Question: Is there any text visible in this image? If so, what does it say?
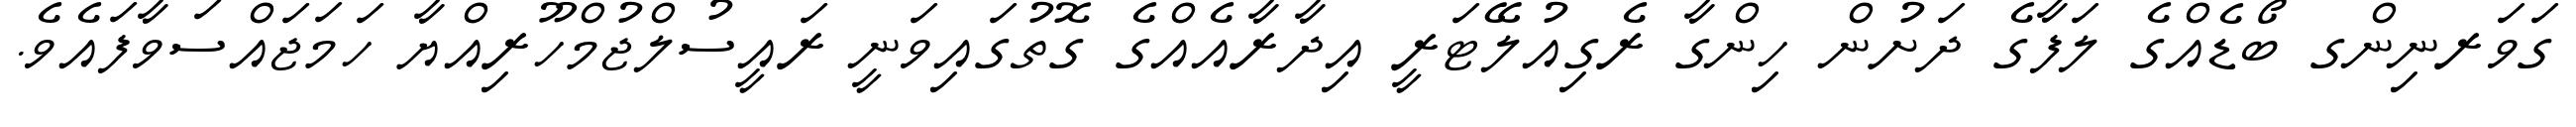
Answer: ގަވަރނިންގ ބޯޑެއްގެ ލަފާގެ ދަށުން ހިންގާ ރެގިއުލޭޓަރީ އިދާރާއެއްގެ ގޮތުގައިވަނީ ރައީސުލްޖުމްހޫރިއްޔާ ހަމަޖައްސަވާފައެވެ.